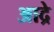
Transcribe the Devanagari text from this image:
आद्रे